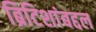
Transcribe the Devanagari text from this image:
ब्रिटिशांबद्दल